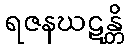
ရဇနဃဋန္တိ